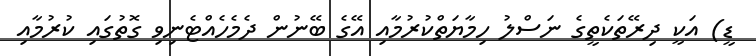
ޑީ) އަކީ ދިރޭތަކެތީގެ ނަސްލު ހިމާޔަތްކުރުމާއި އޭގެ ބޭނުން ދެމެހެއްޓެނިވި ގޮތުގައި ކުރުމާއި